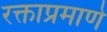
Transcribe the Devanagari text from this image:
रक्ताप्रमाणे